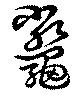
鼈